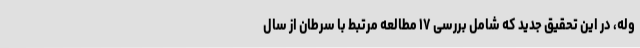
وله، در این تحقیق جدید که شامل بررسی ۱۷ مطالعه مرتبط با سرطان از سال